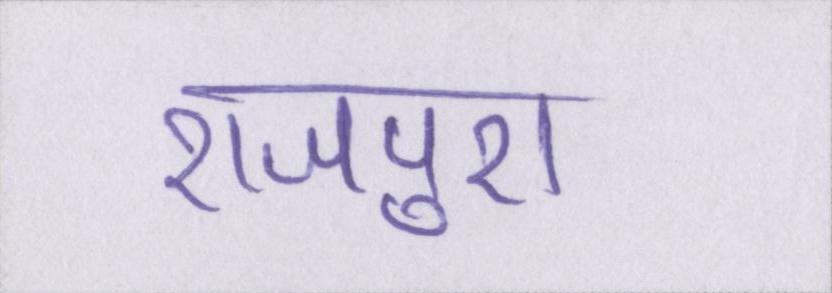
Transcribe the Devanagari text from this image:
राजपुरा